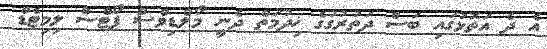
އެ ދެ އަތޮޅުގައި ބަސް ދަތުރުގުގެ ޚިދުމަތް ދެނީ މޯލްޑިވްސް ޕޯޓްސް ލިމިޓެޑް